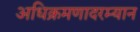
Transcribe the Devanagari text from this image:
अधिक्रमणादरम्यान